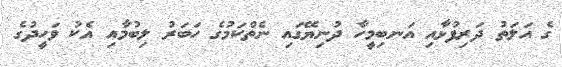
ގެ އަލަތު ދަރިފުޅާއި އަނބިމީހާ ދުނިޔޭގައި ނެތްކަމުގެ ހަބަރު ލިބުމާއި އެކު ވަހީދުގެ